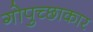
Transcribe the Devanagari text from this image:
गोपुच्छाकार